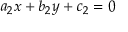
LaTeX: a _ { 2 } x + b _ { 2 } y + c _ { 2 } = 0